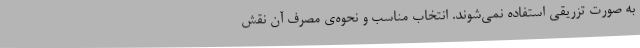
به صورت تزریقی استفاده نمی‌شوند. انتخاب مناسب و نحوه‌ی مصرف آن نقش